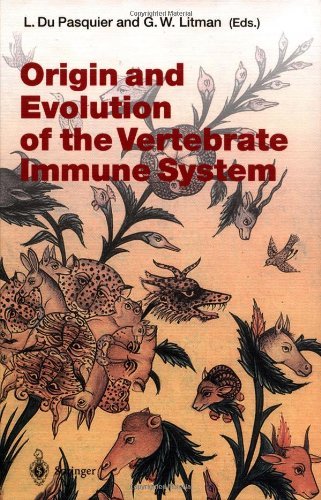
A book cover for Origin and Evolution of the Vertebrate Immune System (Current Topics in Microbiology and Immunology); Medical Books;